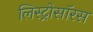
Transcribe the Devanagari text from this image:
लिस्ट्रोसॉरस